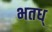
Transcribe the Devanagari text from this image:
भतध्